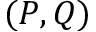
( P , Q )